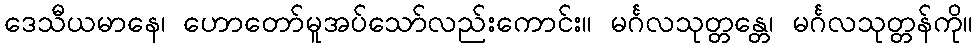
ဒေသီယမာနေ၊ ဟောတော်မူအပ်သော်လည်းကောင်း။ မင်္ဂလသုတ္တန္တေ၊ မင်္ဂလသုတ္တန်ကို။